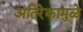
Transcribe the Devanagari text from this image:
अतिरेकामुळे